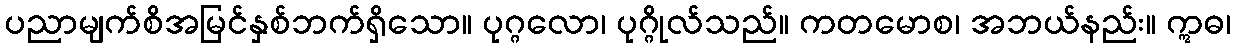
ပညာမျက်စိအမြင်နှစ်ဘက်ရှိသော။ ပုဂ္ဂလော၊ ပုဂ္ဂိုလ်သည်။ ကတမောစ၊ အဘယ်နည်း။ ဣဓ၊